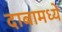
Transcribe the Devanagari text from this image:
दाबामध्ये